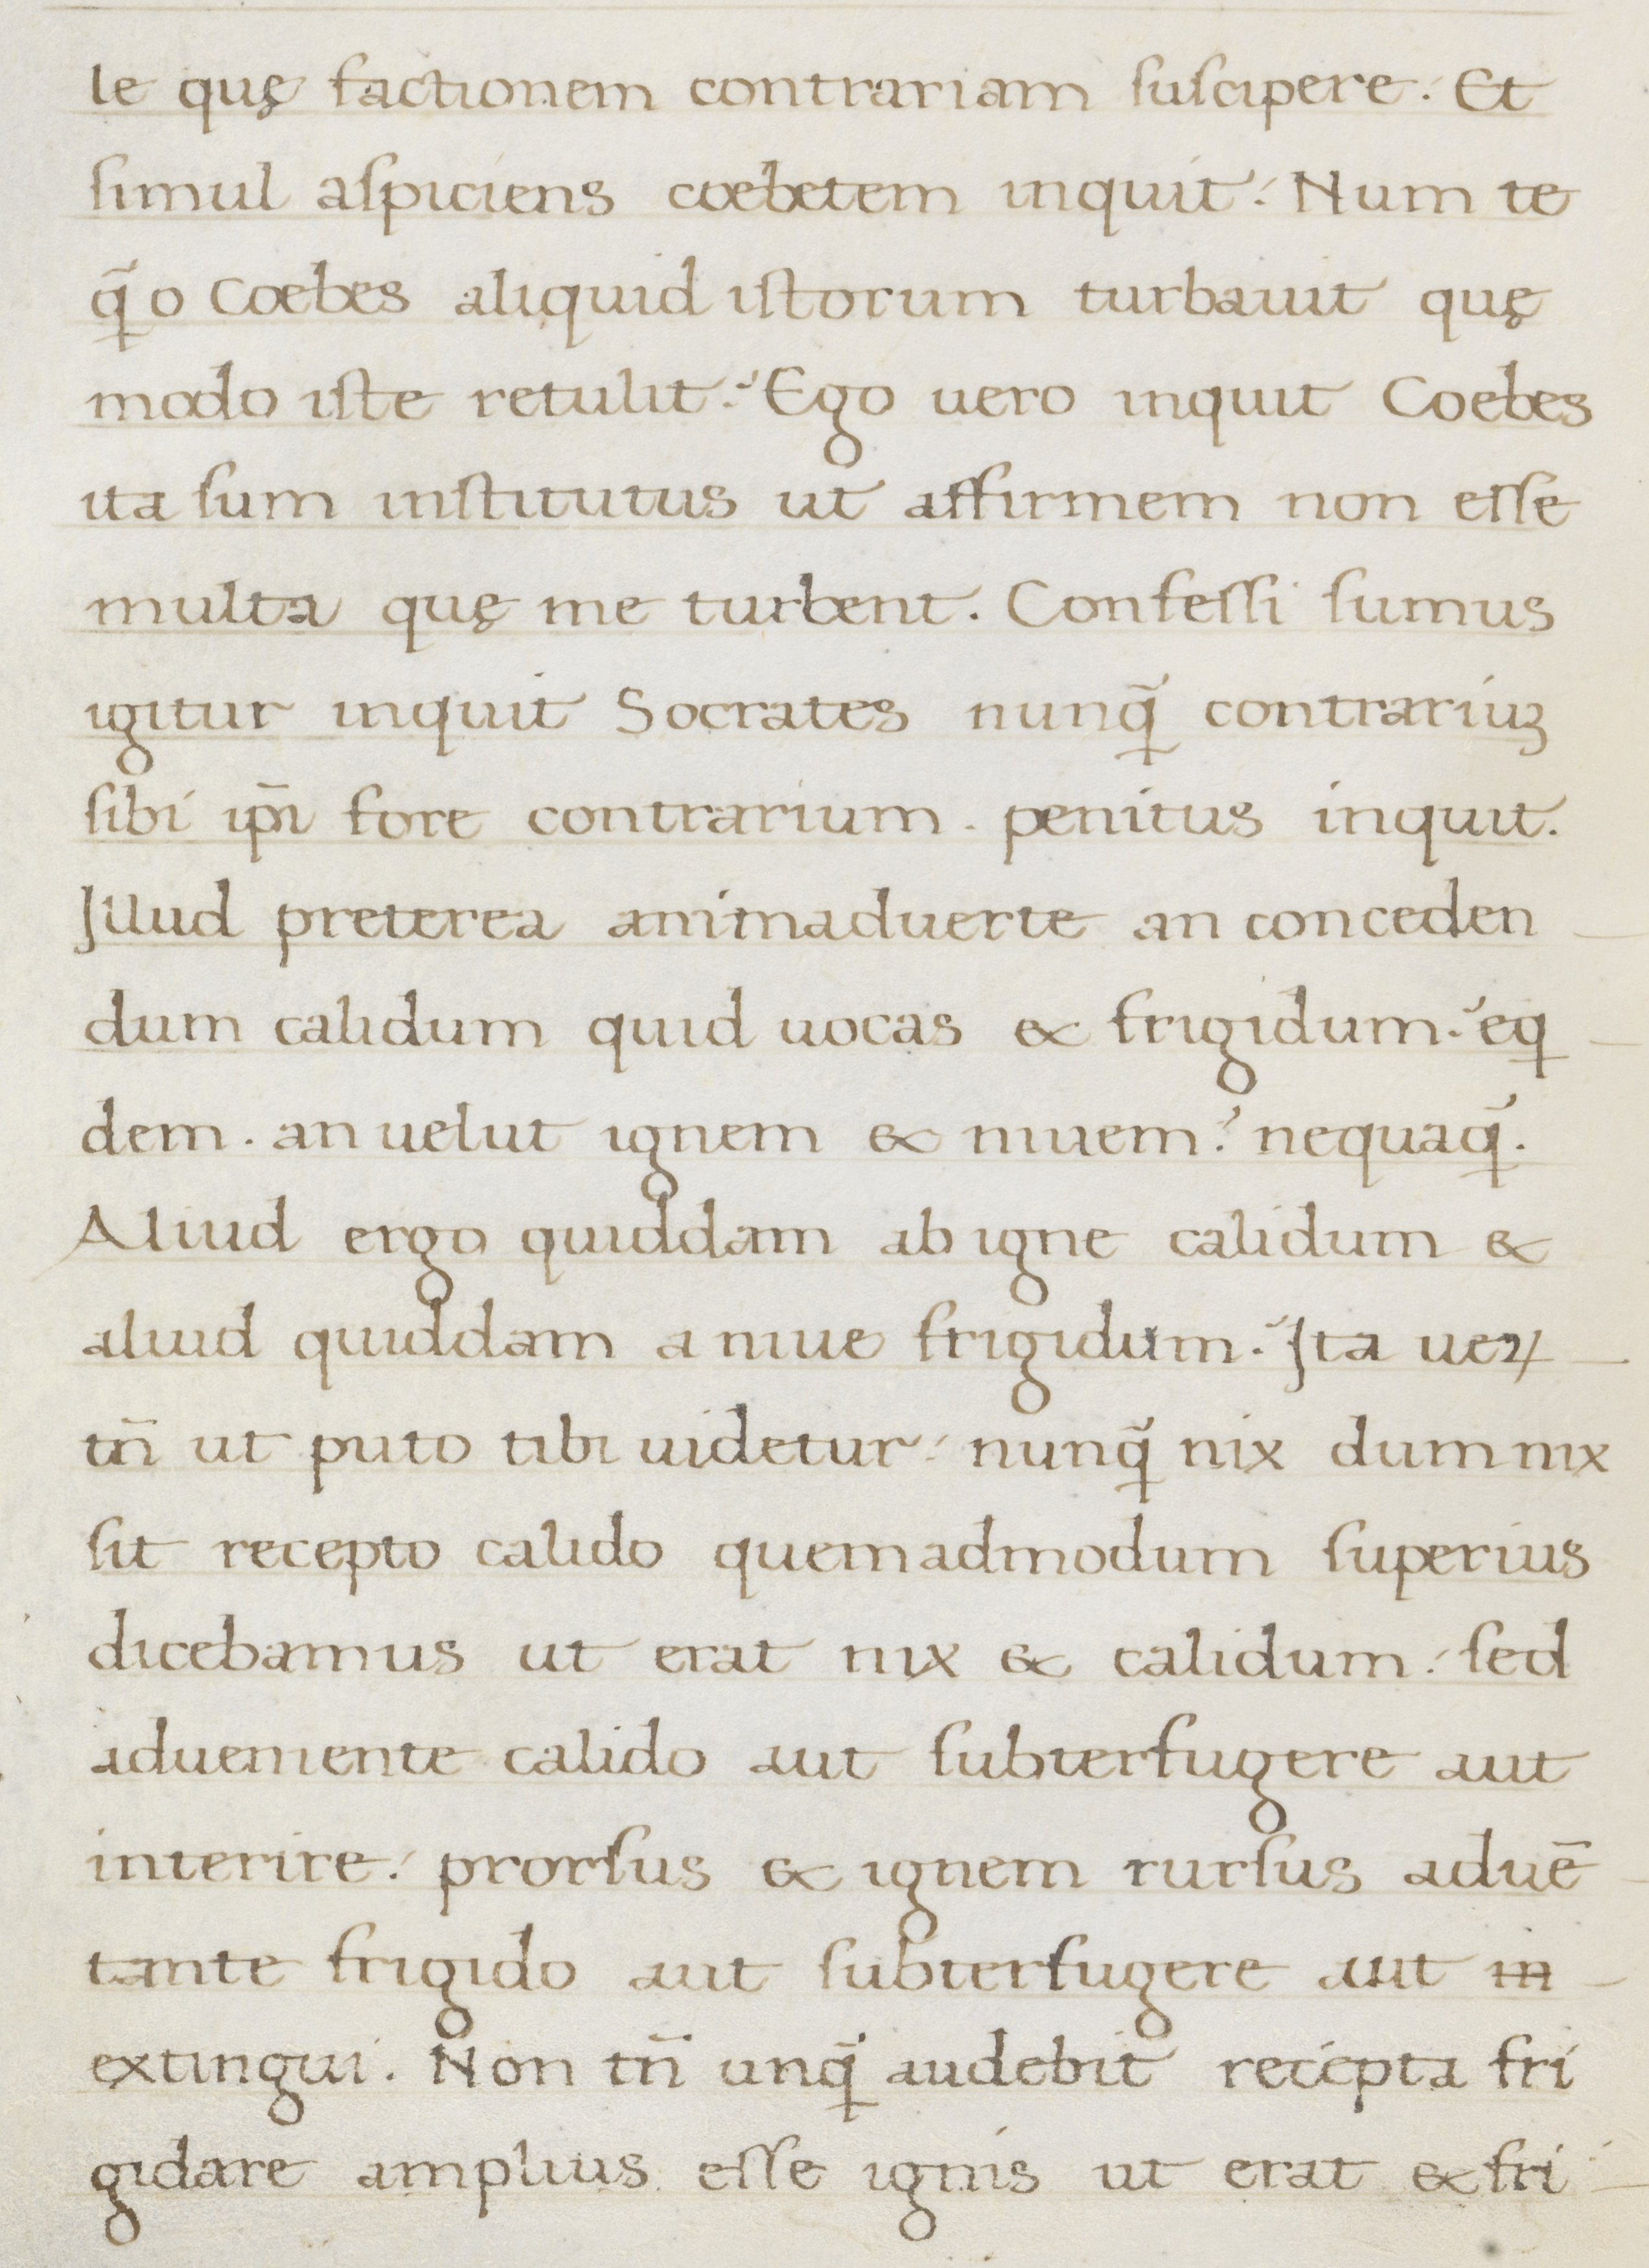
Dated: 1400–1499